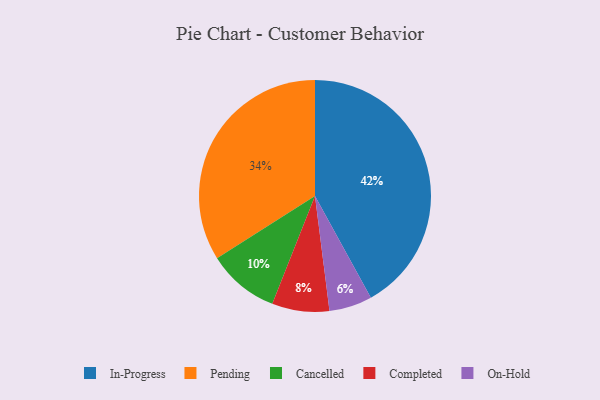
{"axis": {"x": "Category", "y": "Percentage"}, "legend": ["Cancelled", "Completed", "In-Progress", "On-Hold", "Pending"], "data": [{"x": "Pending", "y": 34, "type": "Pending"}, {"x": "Completed", "y": 8, "type": "Completed"}, {"x": "On-Hold", "y": 6, "type": "On-Hold"}, {"x": "Cancelled", "y": 10, "type": "Cancelled"}, {"x": "In-Progress", "y": 42, "type": "In-Progress"}]}